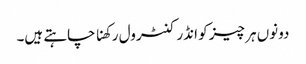
دونوں ہر چیز کو انڈر کنٹرول رکھنا چاہتے ہیں۔